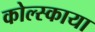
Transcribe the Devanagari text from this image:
कोल्स्काया